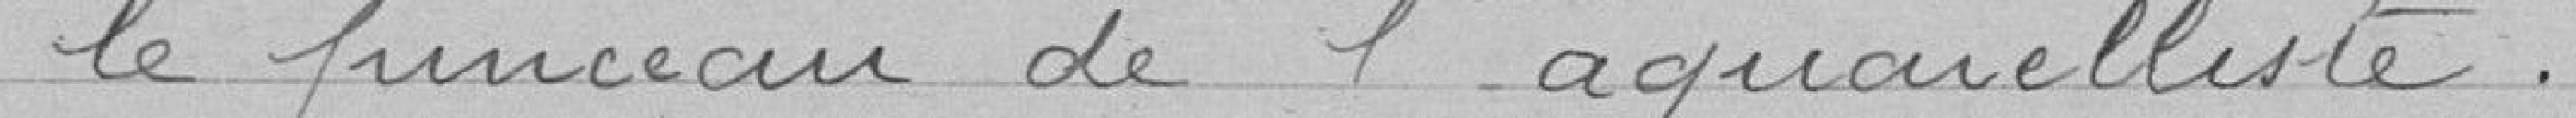
le pinceau de l'aquarelliste.